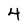
Character: 4